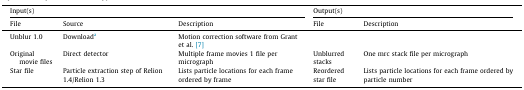
<table><thead><tr><td colspan="3"><b>Input(s)</b></td><td colspan="2"><b>Output(s)</b></td></tr><tr><td><b>File</b></td><td><b>Source</b></td><td><b>Description</b></td><td><b>File</b></td><td><b>Description</b></td></tr></thead><tbody><tr><td>Unblur 1.0</td><td>Downloada</td><td>Motion correction software from Grant et al. [7]</td><td></td><td></td></tr><tr><td>Original movie files</td><td>Direct detector</td><td>Multiple frame movies 1 file per micrograph</td><td>Unblurred stacks</td><td>One mrc stack file per micrograph</td></tr><tr><td>Star file</td><td>Particle extraction step of Relion 1.4/Relion 1.3</td><td>Lists particle locations for each frame ordered by frame</td><td>Reordered star file</td><td>Lists particle locations for each frame ordered by particle number</td></tr></tbody></table>